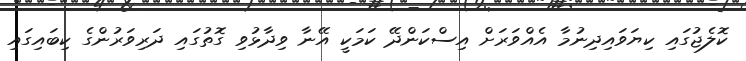
ކޮލެޖުގައި ކިޔަވައިދިނުމާ އެއްވަރަށް އިސްކަންދޭ ކަމަކީ އޭނާ ވިދާޅުވި ގޮތުގައި ދަރިވަރުންގެ ކިބައިގައި